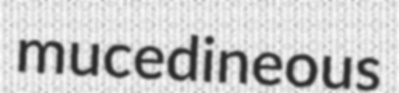
mucedineous